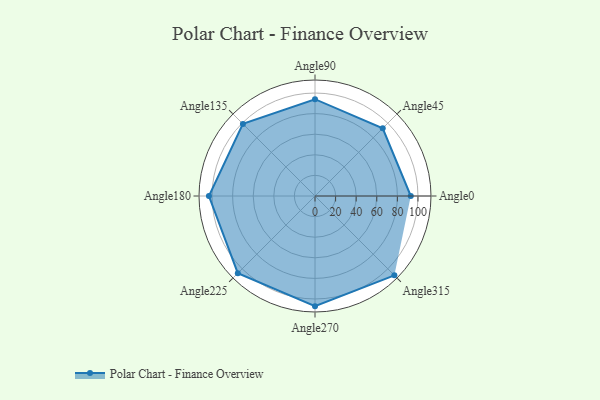
{"axis": {"x": "Angle", "y": "Radius"}, "legend": [""], "data": [{"x": "Angle0", "y": 93.0, "type": ""}, {"x": "Angle45", "y": 93.0, "type": ""}, {"x": "Angle90", "y": 94.0, "type": ""}, {"x": "Angle135", "y": 99.0, "type": ""}, {"x": "Angle180", "y": 103.0, "type": ""}, {"x": "Angle225", "y": 106.0, "type": ""}, {"x": "Angle270", "y": 107.0, "type": ""}, {"x": "Angle315", "y": 109.0, "type": ""}]}